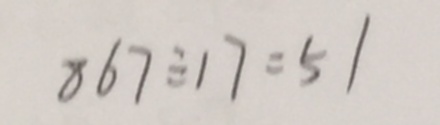
8 6 7 \div 1 7 = 5 1